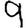
Digit: 9